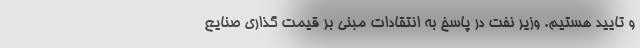
و تایید هستیم. وزیر نفت در پاسخ به انتقادات مبنی بر قیمت گذاری صنایع